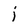
Character: j